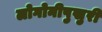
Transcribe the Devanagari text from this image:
लोगोनीपुखुरी